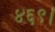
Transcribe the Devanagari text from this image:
४६९।